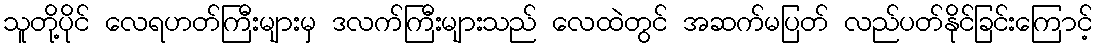
သူတို့ပိုင် လေရဟတ်ကြီးများမှ ဒလက်ကြီးများသည် လေထဲတွင် အဆက်မပြတ် လည်ပတ်နိုင်ခြင်းကြောင့်